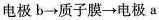
电极b\rightarrow 质子膜\rightarrow 电极a